Indian journal of veterinary science and animal husbandry - Volume 2,
Year: 1932
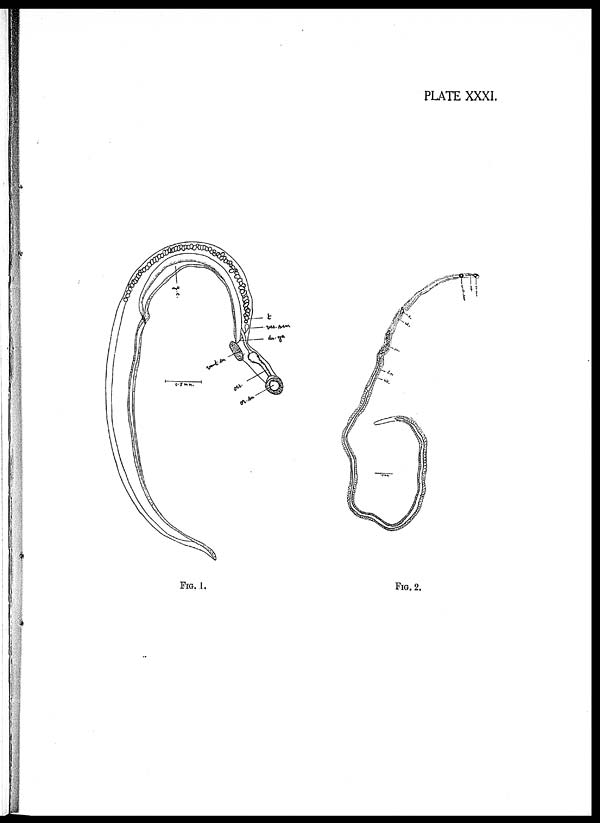
PLATE XXXI.
FIG. 1.
FIG. 2.